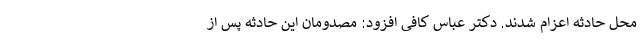
محل حادثه اعزام شدند. دکتر عباس کافی افزود: مصدومان این حادثه پس از